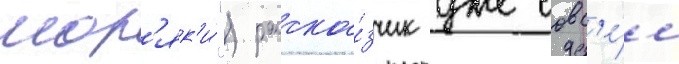
мор'як'и́") расска́зчик уже совс'е́м